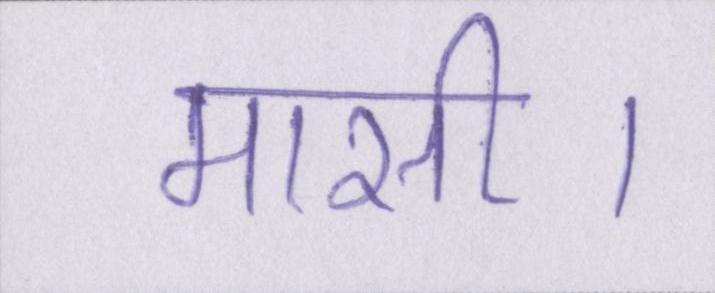
मासी।